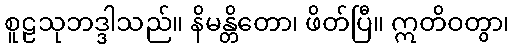
စူဠသုဘဒ္ဒါသည်။ နိမန္တိတော၊ ဖိတ်ပြီ။ ဣတိဝတွာ၊